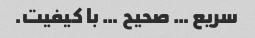
سریع … صحیح … با کیفیت.